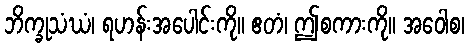
ဘိက္ခုသံဃံ၊ ရဟန်းအပေါင်းကို။ ဧတံ၊ ဤစကားကို။ အဝေါစ၊